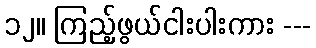
၁၂။ ကြည့်ဖွယ်ငါးပါးကား ---